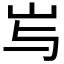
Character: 𱛇